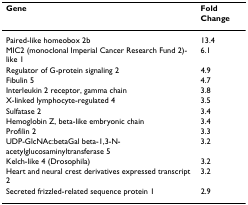
| Gene | Fold Change |
 | --- | --- |
 | Paired-like homeobox 2b | 13.4 |
 | MIC2 (monoclonal Imperial Cancer Research Fund 2)-like 1 | 6.1 |
 | Regulator of G-protein signaling 2 | 4.9 |
 | Fibulin 5 | 4.7 |
 | Interleukin 2 receptor, gamma chain | 3.8 |
 | X-linked lymphocyte-regulated 4 | 3.5 |
 | Sulfatase 2 | 3.4 |
 | Hemoglobin Z, beta-like embryonic chain | 3.4 |
 | Profilin 2 | 3.3 |
 | UDP-GlcNAc:betaGal beta-1,3-N-acetylglucosaminyltransferase 5 | 3.2 |
 | Kelch-like 4 (Drosophila) | 3.2 |
 | Heart and neural crest derivatives expressed transcript 2 | 3.2 |
 | Secreted frizzled-related sequence protein 1 | 2.9 |